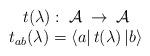
LaTeX: \begin{align*}\begin{array}{c}t(\lambda ):\; {\cal A}\: \rightarrow \: {\cal A}\\t_{ab}(\lambda )=\left\langle a\right| t(\lambda )\left| b\right\rangle \end{array}\end{align*}